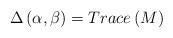
LaTeX: \begin{align*}\Delta \left( \alpha ,\beta \right) =Trace\left( M\right) \end{align*}